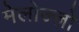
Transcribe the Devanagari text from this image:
मेलोज्ज़ो